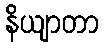
နိယျာတာ